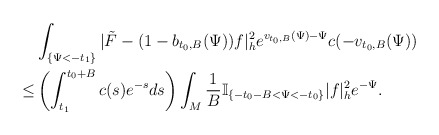
\begin{align*} & \int_{\{\Psi<-t_1\}}|\tilde{F}-(1-b_{t_0,B}(\Psi))f|^2_h e^{v_{t_0,B}(\Psi)-\Psi}c(-v_{t_0,B}(\Psi)) \\ \le &\left(\int_{t_1}^{t_0+B}c(s)e^{-s}ds\right) \int_{M}\frac{1}{B}\mathbb{I}_{\{-t_0-B<\Psi<-t_0\}}|f|^2_he^{-\Psi}.\end{align*}